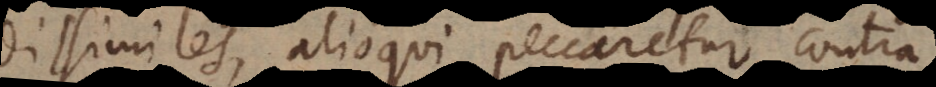
dissimiles, alioqui peccaretur contra